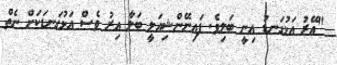
"އޭރު އަޅުގަނޑު އިނީ ބަލިވެ. ފައިނޭންޝިއަލީ ބަލާ އިރު ވެސް އަޅުގަނޑަކަށް ނެތް